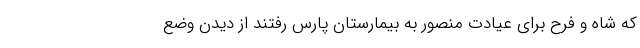
که شاه و فرح برای عیادت منصور به بیمارستان پارس رفتند از دیدن وضع